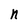
Character: n